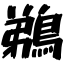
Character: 鵜